Indian journal of veterinary science and animal husbandry - Volumes 18-21, 1948-1951
Year: 1948
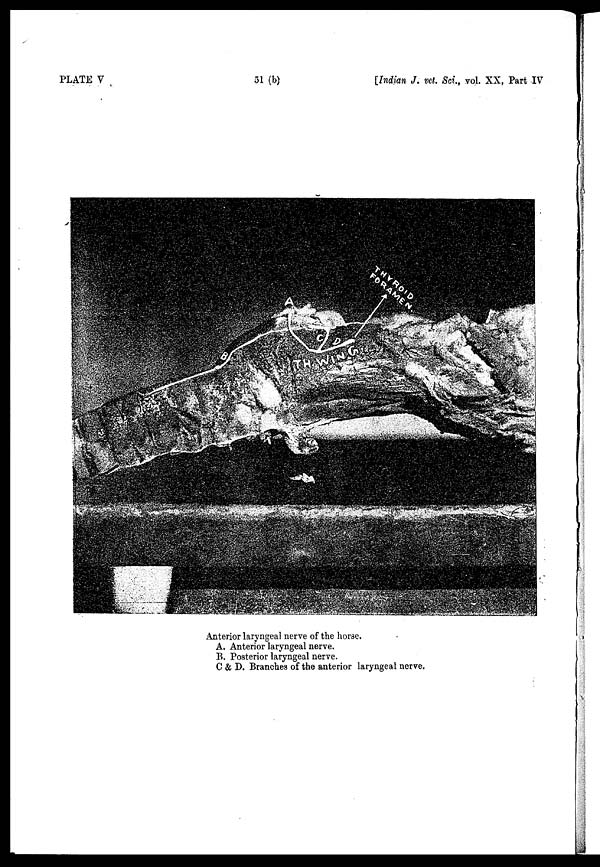
PLATE V
51 (b)
[Indian J. vet. Sci., vol. XX, Part IV
Anterior laryngeal nerve of the horse.
A. Anterior laryngeal nerve.
B. Posterior laryngeal nerve.
C & D. Branches of the anterior laryngeal nerve.